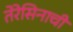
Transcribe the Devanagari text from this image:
तेरेसिनाची